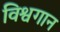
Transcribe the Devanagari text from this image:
विश्वगान